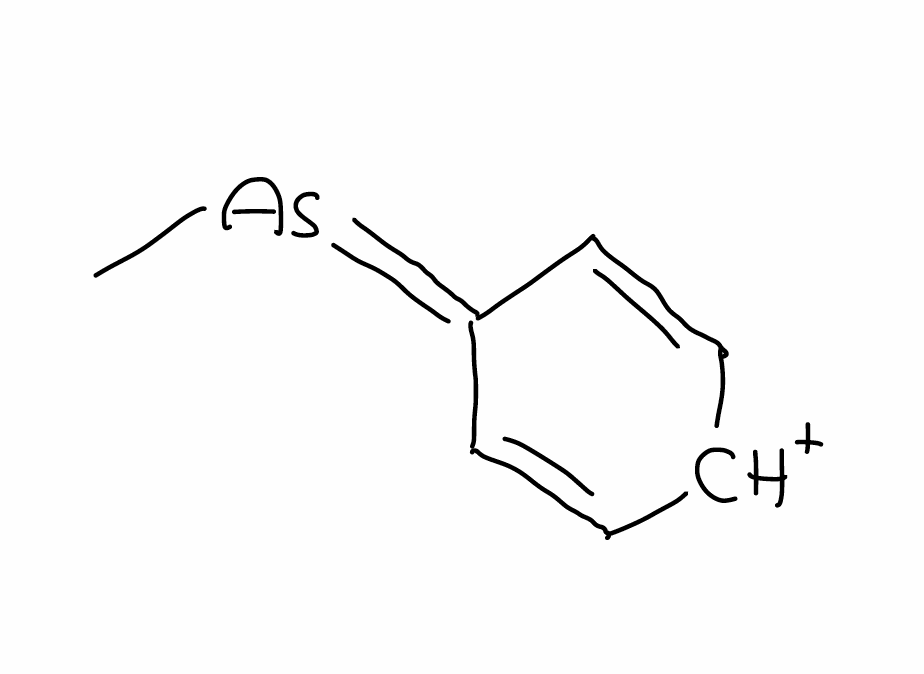
Simplified molecular-input line-entry system (SMILES) notation of the given molecule:
C[As]=C1C=C[CH+]C=C1